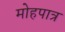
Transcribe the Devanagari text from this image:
मोहपात्र